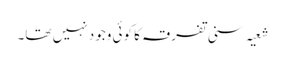
شعیہ سنی تفرقہ کا کوئی وجود نہیں تھا۔